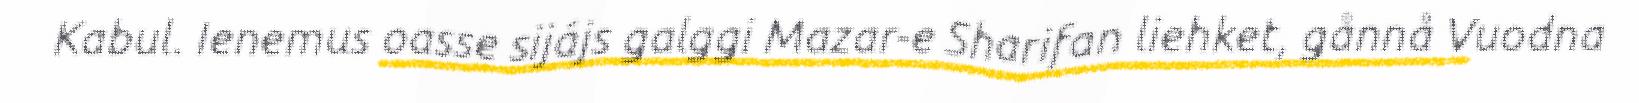
Kabul. Ienemus oasse sijájs galggi Mazar-e Sharifan liehket, gånnå Vuodna